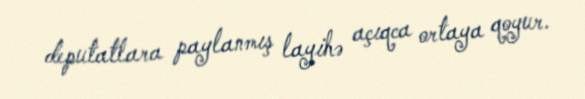
deputatlara paylanmış layihə açıqca ortaya qoyur.